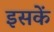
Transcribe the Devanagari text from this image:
इसकें